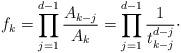
LaTeX: \begin{align*}f_k = \prod_{j = 1}^{d - 1} \frac{A_{k - j}}{A_k} = \prod_{j = 1}^{d - 1}\frac{1}{t_{k - j}^{d - j}}\cdot\end{align*}